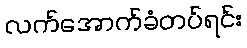
လက်အောက်ခံတပ်ရင်း